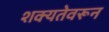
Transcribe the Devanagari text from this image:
शक्यतेवरून